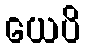
ယေပိ